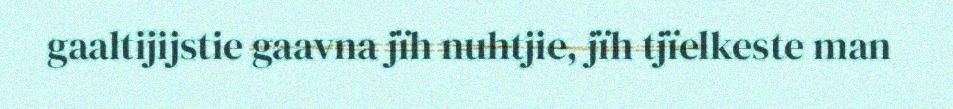
gaaltijijstie gaavna jïh nuhtjie, jïh tjïelkeste man